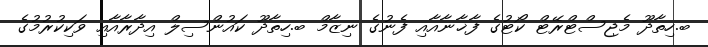
ބ.ހިތާދޫ މެޖިސްޓްރޭޓް ކޯޓުގެ ފާޚާނާއާއި ފެނުގެ ނިޒާމް ބ.ހިތާދޫ ކައުންސިލް އިދާރާއާއި ވަކިކުރުމުގެ